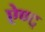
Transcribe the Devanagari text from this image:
ऐण्द